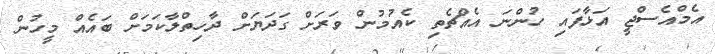
އެމްއެސްޖީ އަޅާފައި ހުންނަ އެއްޗެތި ކެއުމުން ވަރަށް ގަދަޔަށް ދާހިތްލާކަމަށް ބައެއް މީހުން